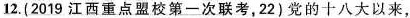
12.(2019江西重点盟校第一次联考，22)党的十八大以来，